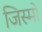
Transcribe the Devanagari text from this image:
जिस्मो